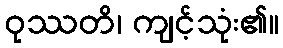
ဝုဿတိ၊ ကျင့်သုံး၏။